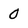
Character: 0